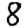
Digit: 8